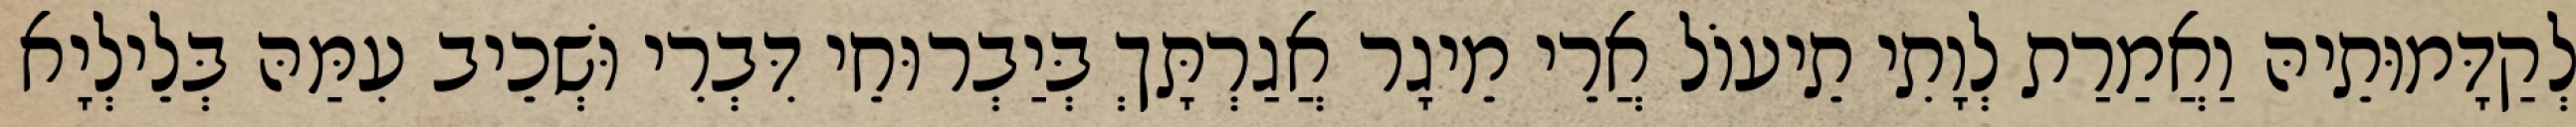
לְקַדָּמוּתֵיהּ וַאֲמַרַת לְוָתִי תֵיעוֹל אֲרֵי מֵיגָר אֲגַרְתָּךְ בְּיַבְרוּחֵי דִּבְרִי וּשְׁכֵיב עִמַּהּ בְּלֵילְיָא